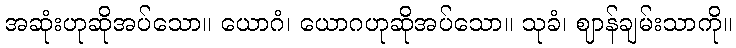
အဆုံးဟုဆိုအပ်သော။ ယောဂံ၊ ယောဂဟုဆိုအပ်သော။ သုခံ၊ ဈာန်ချမ်းသာကို။